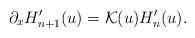
LaTeX: \begin{align*} \partial_x H_{n+1}'(u)= \mathcal K(u) H_n'(u).\end{align*}